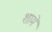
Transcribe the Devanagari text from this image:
शामे